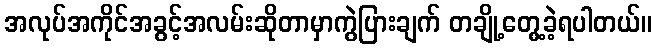
အလုပ်အကိုင်အခွင့်အလမ်းဆိုတာမှာကွဲပြားချက် တချို့တွေ့ခဲ့ရပါတယ်။